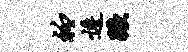
衽逶蹶